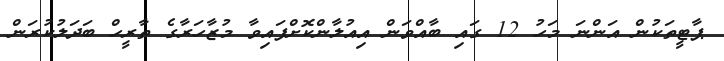
ޕާޓީތަކުން އަންނަ މަހު 12 ގައި ބާއްވަން އިއުލާންކޮށްފައިވާ މުޒާހަރާގެ ތާރީހް ބަދަލުކުރަން